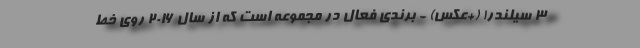
3 سیلندر! (+عکس) - برندی فعال در مجموعه است که از سال 2016 روی خط